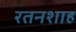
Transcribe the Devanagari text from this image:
रतनशाह